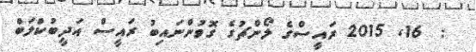
:  16